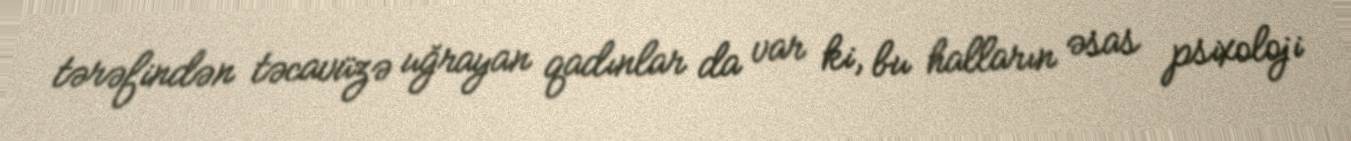
tərəfindən təcavüzə uğrayan qadınlar da var ki, bu halların əsas psixoloji